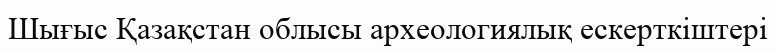
Шығыс Қазақстан облысы археологиялық ескерткіштері